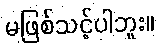
မဖြစ်သင့်ပါဘူး။